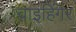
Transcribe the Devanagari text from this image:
वाइहिंगर